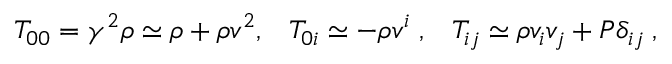
T _ { 0 0 } = \gamma ^ { 2 } \rho \simeq \rho + \rho v ^ { 2 } , \; \; \; T _ { 0 i } \simeq - \rho v ^ { i } \; , \; \; \; T _ { i j } \simeq \rho v _ { i } v _ { j } + P \delta _ { i j } \; ,